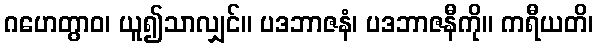
ဂဟေတွာဝ၊ ယူ၍သာလျှင်။ ပဒဘာဇနံ၊ ပဒဘာဇနီကို။ ကရီယတိ၊